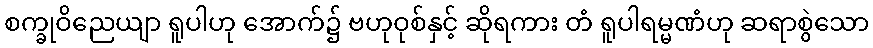
စက္ခုဝိညေယျာ ရူပါဟု အောက်၌ ဗဟုဝုစ်နှင့် ဆိုရကား တံ ရူပါရမ္မဏံဟု ဆရာစွဲသော